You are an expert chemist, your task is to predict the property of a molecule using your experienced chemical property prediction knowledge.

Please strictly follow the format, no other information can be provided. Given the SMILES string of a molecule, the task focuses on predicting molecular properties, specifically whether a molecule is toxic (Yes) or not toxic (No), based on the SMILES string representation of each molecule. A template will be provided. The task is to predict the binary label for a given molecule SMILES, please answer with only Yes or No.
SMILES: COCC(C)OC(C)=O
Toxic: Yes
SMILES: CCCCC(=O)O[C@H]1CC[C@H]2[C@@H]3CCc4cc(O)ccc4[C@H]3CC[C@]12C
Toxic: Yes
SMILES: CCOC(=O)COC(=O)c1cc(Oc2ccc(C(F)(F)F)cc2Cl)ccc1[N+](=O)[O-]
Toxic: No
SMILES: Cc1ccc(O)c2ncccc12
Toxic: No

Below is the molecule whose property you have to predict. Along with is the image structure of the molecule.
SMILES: Cc1ccc(N)cc1O
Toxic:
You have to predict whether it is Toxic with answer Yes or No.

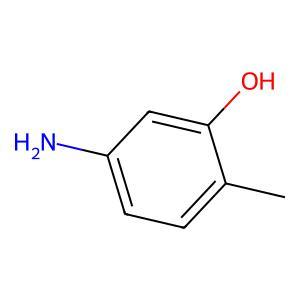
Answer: No